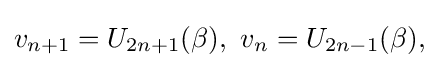
v_{n+1}=U_{2n+1}(\beta ),\ v_{n}=U_{2n-1}(\beta ),\,\!